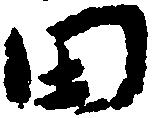
田